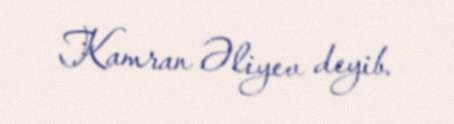
Kamran Əliyev deyib.